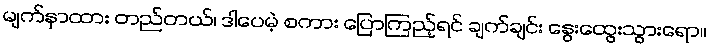
မျက်နှာထား တည်တယ်၊ ဒါပေမဲ့ စကား ပြောကြည့်ရင် ချက်ချင်း နွေးထွေးသွားရော။